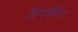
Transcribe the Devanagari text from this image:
टेंगरीन